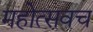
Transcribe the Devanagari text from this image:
महोत्सवच